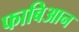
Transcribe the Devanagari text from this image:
फाबिआन